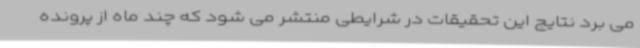
می برد نتایج این تحقیقات در شرایطی منتشر می شود که چند ماه از پرونده